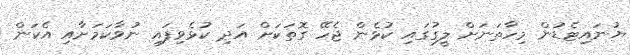
ޔުނައިޓެޑުން މިހާތަނަށް ލީގުގައި ކުޅެން ޖެހޭ ގޮތަކަށް އަދި ކުޅެވިފައި ނުވާކަމަށާއި އެކަން